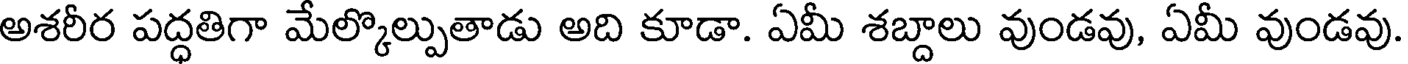
అశరీర పద్ధతిగా మేల్కొల్పుతాడు అది కూడా. ఏమీ శబ్దాలు వుండవు, ఏమీ వుండవు